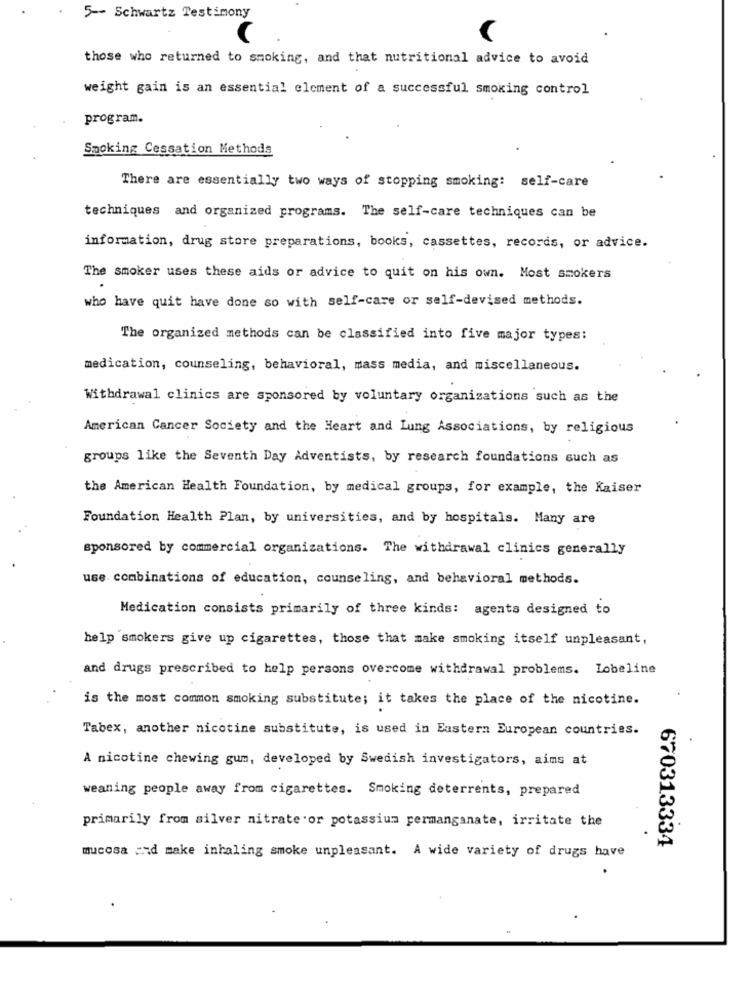
5 -- Schwartz Testimony
those who returned to smoking, and that nutritional advice to avoid
weight gain is an essential element of a successful smoking control
program.
Smoking Cessation Methods
There are essentially two ways of stopping smoking: self-care
techniques and organized programs. The self-care techniques can be
information, drug store preparations, books, cassettes, records, or advice.
The smoker uses these aids or advice to quit on his own. Most smokers
who have quit have done so with self-care or self-devised methods.
The organized methods can be classified into five major types:
medication, counseling, behavioral, mass media, and miscellaneous.
Withdrawal clinics are sponsored by voluntary organizations such as the
American Cancer Society and the Heart and Lung Associations, by religious
groups like the Seventh Day Adventists, by research foundations such as
the American Health Foundation, by medical groups, for example, the Kaiser
Foundation Health Plan, by universities, and by hospitals. Many are
sponsored by commercial organizations. The withdrawal clinics generally
use combinations of education, counseling, and behavioral methods.
Medication consists primarily of three kinds: agents designed to
help smokers give up cigarettes, those that make smoking itself unpleasant,
and drugs prescribed to help persons overcome withdrawal problems. Lobeline
is the most common smoking substitute; it takes the place of the nicotine.
Tabex, another nicotine substitute, is used in Eastern European countries.
A nicotine chewing gum, developed by Swedish investigators, aims at
weaning people away from cigarettes. Smoking deterrents, prepared
primarily from silver nitrate or potassium permanganate, irritate the
670313334
mucosa and make inhaling smoke unpleasant. A wide variety of drugs have